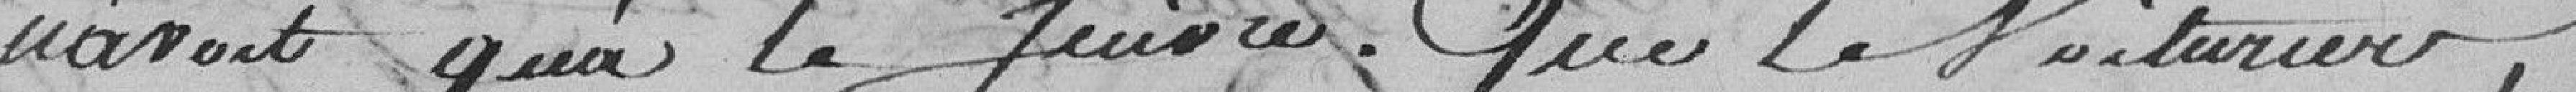
n'avait qu'à le suivre. Que le voiturier